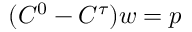
( C ^ { 0 } - C ^ { \tau } ) w = p